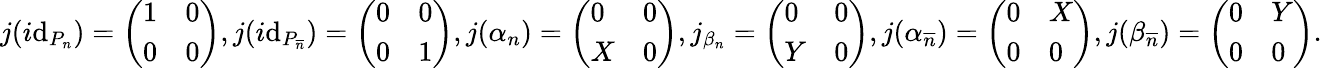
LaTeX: j(i\mathrm{d}_{P_{n}})=\left(\begin{array}{ll}{1}&{0}\\ {0}&{0}\end{array}\right),j(i\mathrm{d}_{P_{\overline{{{n}}}}})=\left(\begin{array}{ll}{0}&{0}\\ {0}&{1}\end{array}\right),j(\alpha_{n})=\left(\begin{array}{ll}{0}&{0}\\ {X}&{0}\end{array}\right),j_{\beta_{n}}=\left(\begin{array}{ll}{0}&{0}\\ {Y}&{0}\end{array}\right),j(\alpha_{\overline{{{n}}}})=\left(\begin{array}{ll}{0}&{X}\\ {0}&{0}\end{array}\right),j(\beta_{\overline{{{n}}}})=\left(\begin{array}{ll}{0}&{Y}\\ {0}&{0}\end{array}\right).